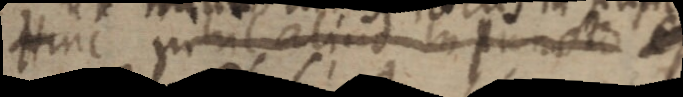
Hinc aliud in puncto